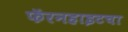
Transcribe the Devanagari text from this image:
फॅरनहाइटचा